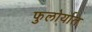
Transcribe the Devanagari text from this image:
फुलोर्यात